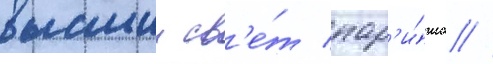
высшии св'е́т пар'и́жа //